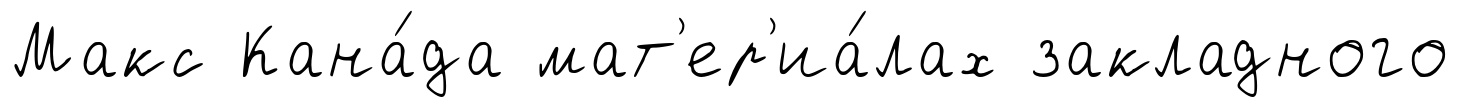
Макс Кана́да мат'ер'иа́лах закладного